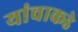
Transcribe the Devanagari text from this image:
यांचाकडे